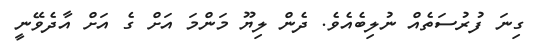
ގިނަ ފުރުސަތެއް ނުލިބެއެވެ. ދެން ލިޔޫ މަންމަ އަށް ގެ އަށް އާދެވޭނީ